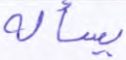
يسأله